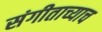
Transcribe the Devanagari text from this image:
संगीताच्याच